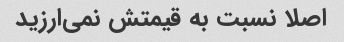
اصلا نسبت به قیمتش نمی‌ارزید